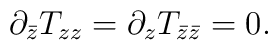
\partial_{\bar{z}} T_{zz}=\partial_{z} T_{\bar{z}\bar{z}}=0.